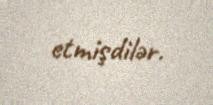
etmişdilər.